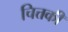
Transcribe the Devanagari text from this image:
चित्तकी